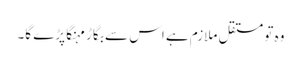
وہ تو مستقل ملازم ہے اس سے بگاڑ مہنگا پڑے گا۔